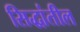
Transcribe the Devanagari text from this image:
सिद्धांतील